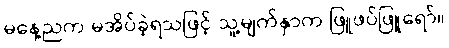
မနေ့ညက မအိပ်ခဲ့ရသဖြင့် သူ့မျက်နှာက ဖြူဖပ်ဖြူရော်။